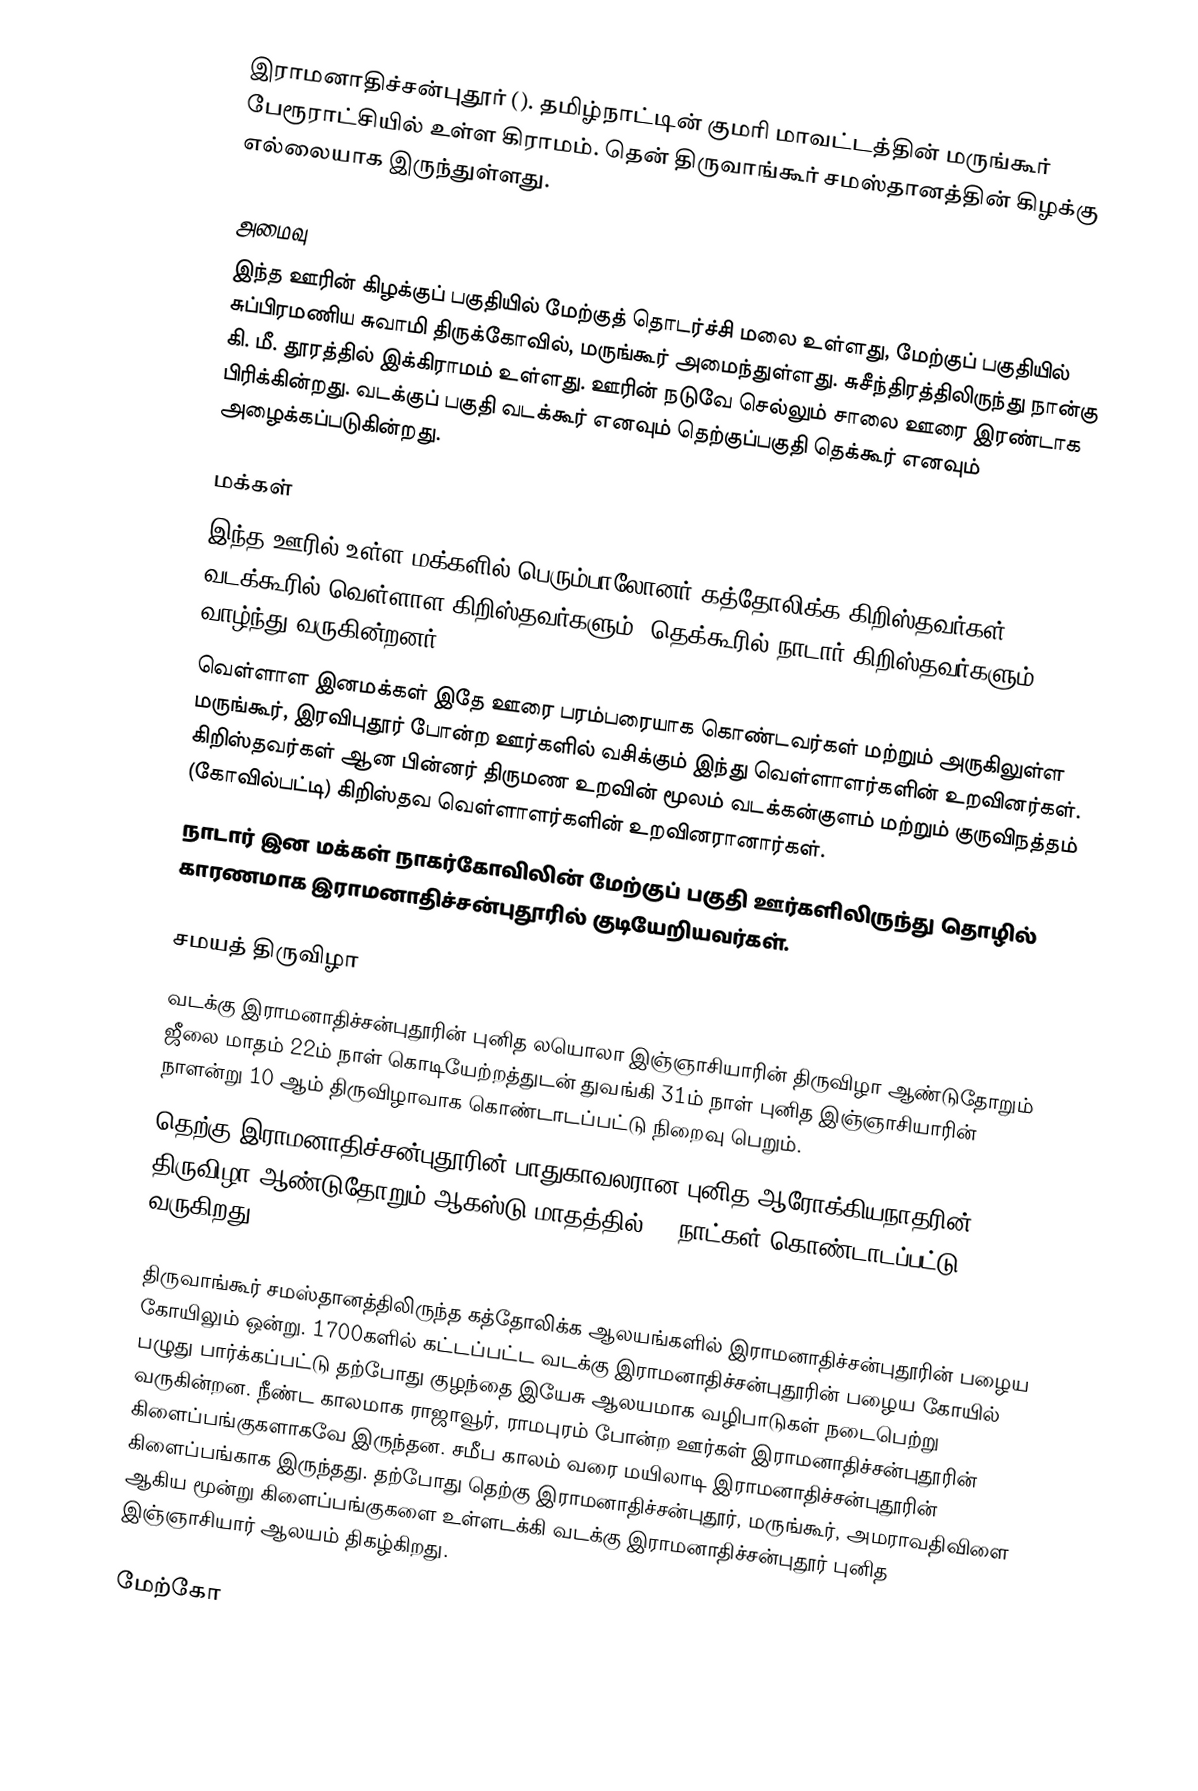
இராமனாதிச்சன்புதூர் (). தமிழ்நாட்டின் குமரி மாவட்டத்தின் மருங்கூர் பேரூராட்சியில் உள்ள கிராமம். தென் திருவாங்கூர் சமஸ்தானத்தின் கிழக்கு எல்லையாக இருந்துள்ளது.

அமைவு
இந்த ஊரின் கிழக்குப் பகுதியில் மேற்குத் தொடர்ச்சி மலை உள்ளது, மேற்குப் பகுதியில் சுப்பிரமணிய சுவாமி திருக்கோவில், மருங்கூர் அமைந்துள்ளது. சுசீந்திரத்திலிருந்து நான்கு கி. மீ. தூரத்தில் இக்கிராமம் உள்ளது. ஊரின் நடுவே செல்லும் சாலை ஊரை இரண்டாக பிரிக்கின்றது. வடக்குப் பகுதி வடக்கூர் எனவும் தெற்குப்பகுதி தெக்கூர் எனவும் அழைக்கப்படுகின்றது.

மக்கள்
இந்த ஊரில் உள்ள மக்களில் பெரும்பாலோனர் கத்தோலிக்க கிறிஸ்தவர்கள். வடக்கூரில் வெள்ளாள கிறிஸ்தவர்களும்,  தெக்கூரில் நாடார் கிறிஸ்தவர்களும் வாழ்ந்து வருகின்றனர்.
வெள்ளாள இனமக்கள் இதே ஊரை பரம்பரையாக கொண்டவர்கள் மற்றும் அருகிலுள்ள மருங்கூர், இரவிபுதூர் போன்ற ஊர்களில் வசிக்கும் இந்து வெள்ளாளர்களின் உறவினர்கள். கிறிஸ்தவர்கள் ஆன பின்னர் திருமண உறவின் மூலம் வடக்கன்குளம் மற்றும் குருவிநத்தம் (கோவில்பட்டி) கிறிஸ்தவ வெள்ளாளர்களின் உறவினரானார்கள்.
நாடார் இன மக்கள் நாகர்கோவிலின் மேற்குப் பகுதி ஊர்களிலிருந்து தொழில் காரணமாக இராமனாதிச்சன்புதூரில் குடியேறியவர்கள்.

சமயத் திருவிழா
வடக்கு இராமனாதிச்சன்புதூரின் புனித லயொலா இஞ்ஞாசியாரின் திருவிழா ஆண்டுதோறும் ஜீலை மாதம் 22ம் நாள் கொடியேற்றத்துடன் துவங்கி 31ம் நாள் புனித இஞ்ஞாசியாரின் நாளன்று 10 ஆம் திருவிழாவாக கொண்டாடப்பட்டு நிறைவு பெறும்.
தெற்கு இராமனாதிச்சன்புதூரின் பாதுகாவலரான புனித ஆரோக்கியநாதரின் திருவிழா ஆண்டுதோறும் ஆகஸ்டு மாதத்தில் 10 நாட்கள் கொண்டாடப்பட்டு வருகிறது.

திருவாங்கூர் சமஸ்தானத்திலிருந்த கத்தோலிக்க ஆலயங்களில் இராமனாதிச்சன்புதூரின் பழைய கோயிலும் ஒன்று. 1700களில் கட்டப்பட்ட வடக்கு இராமனாதிச்சன்புதூரின் பழைய கோயில் பழுது பார்க்கப்பட்டு தற்போது குழந்தை இயேசு ஆலயமாக வழிபாடுகள் நடைபெற்று வருகின்றன. நீண்ட காலமாக ராஜாவூர், ராமபுரம் போன்ற ஊர்கள் இராமனாதிச்சன்புதூரின் கிளைப்பங்குகளாகவே இருந்தன. சமீப காலம் வரை மயிலாடி இராமனாதிச்சன்புதூரின் கிளைப்பங்காக இருந்தது. தற்போது தெற்கு இராமனாதிச்சன்புதூர், மருங்கூர், அமராவதிவிளை ஆகிய மூன்று கிளைப்பங்குகளை உள்ளடக்கி வடக்கு இராமனாதிச்சன்புதூர் புனித இஞ்ஞாசியார் ஆலயம் திகழ்கிறது.

மேற்கோ